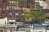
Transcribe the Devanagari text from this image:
एमसीएफ